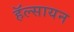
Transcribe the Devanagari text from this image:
हॅल्सायन